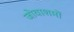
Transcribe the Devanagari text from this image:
जोवाशमों